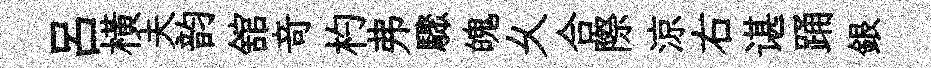
呂横夫韵舘竒杓弗驟魄乆合際涼右谌踊銀